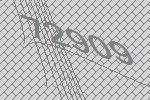
72909